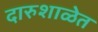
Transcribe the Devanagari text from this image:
दारुशाळेत